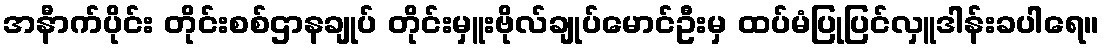
အနီာက်ပိုင်း တိုင်းစစ်ဌာနချုပ် တိုင်းမှူးဗိုလ်ချုပ်မောင်ဦးမှ ထပ်မံပြုပြင်လှူဒါန်းခပါရေ။